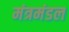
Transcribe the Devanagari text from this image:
मंत्रमंडल